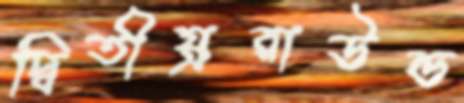
দ্বিতীয়্ররাউন্ড